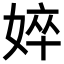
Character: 𡝵